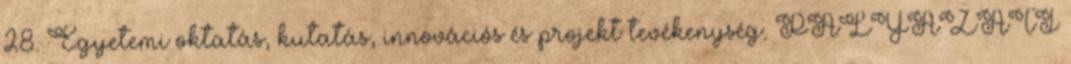
28. Egyetemi oktatás, kutatás, innovációs és projekt tevékenység. PÁLYÁZATI